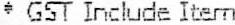
* GST INCLUDE ITEM